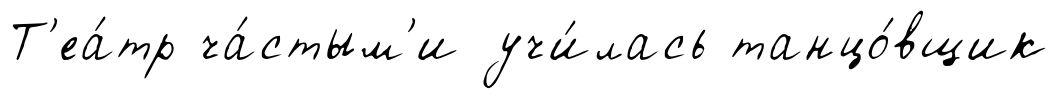
Т'еа́тр ча́стым'и учи́лась танцо́вщик